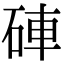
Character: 硨